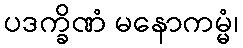
ပဒက္ခိဏံ မနောကမ္မံ၊